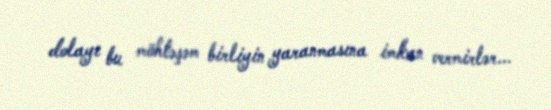
dolayı bu möhtəşəm birliyin yaranmasına imkan vermirlər...